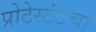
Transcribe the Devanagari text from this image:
प्रोटेस्टंटचा